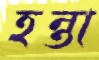
হন্তা